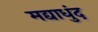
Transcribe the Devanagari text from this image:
मद्याधुंद